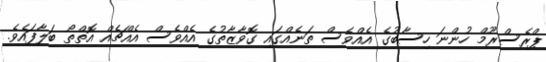
ޕްރެސްރޫމް ހުންނަ ހިސާބުގެ އެއްވެސް ތަނެއްގައި ގޮވާޒާތުގެ އެއްވެސް އެއްޗެއް އޮތްތޯ ބަލާފައެވެ.